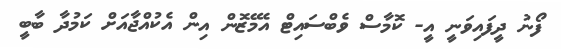
ފޯނު ދީފައިވަނީ އީ- ކޮމާސް ވެބްސައިޓް އެމޭޒޮން އިން އެކުއްޖާއަށް ކަމުދާ ބާބީ